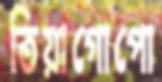
তিয়াগোপো